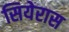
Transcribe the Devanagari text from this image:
सियेरास